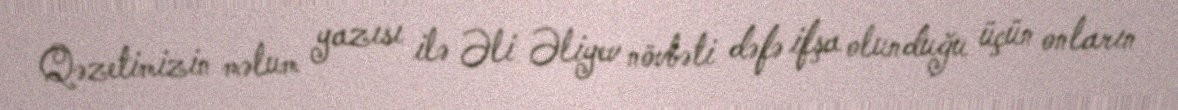
Qəzetimizin məlum yazısı ilə Əli Əliyev növbəti dəfə ifşa olunduğu üçün onların